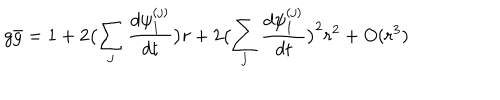
LaTeX: g \bar { g } = 1 + 2 \bigl ( \sum _ { j } \frac { d \psi _ { 1 } ^ { ( j ) } } { d t } \bigr ) r + 2 \bigl ( \sum _ { j } \frac { d \psi _ { 1 } ^ { ( j ) } } { d t } \bigr ) ^ { 2 } r ^ { 2 } + O ( r ^ { 3 } )